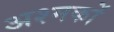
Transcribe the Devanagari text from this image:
अश्मकों